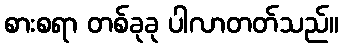
စားစရာ တစ်ခုခု ပါလာတတ်သည်။